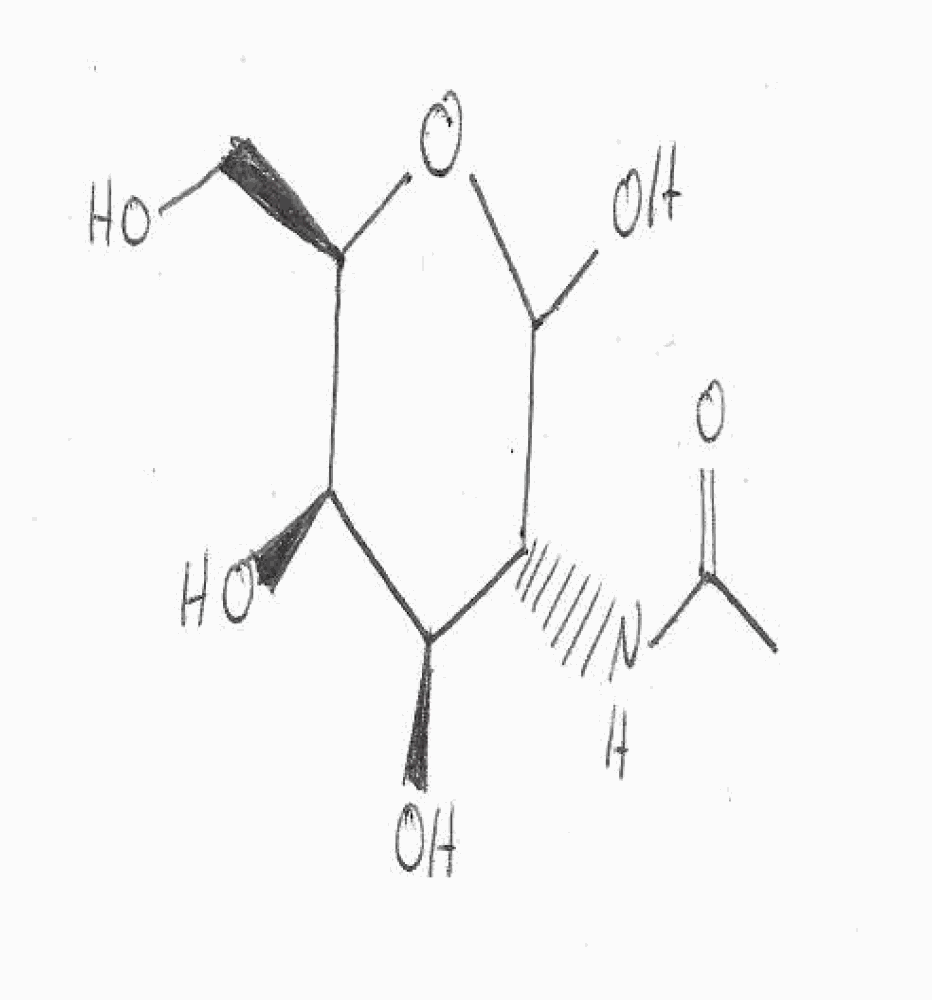
Simplified molecular-input line-entry system (SMILES) notation of the given molecule:
CC(=O)N[C@@H]1[C@H]([C@H]([C@H](OC1O)CO)O)O